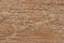
طيار